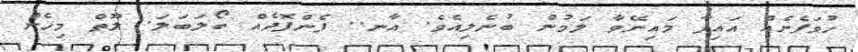
ހުވަފެނެއް އައިފާ މައިނޭވާ ލަމުން ބުނެލިއެވެ. އާނ.. ފެންފޮދެއް ބޯލަބަލަ. ލޫތް މިހެން